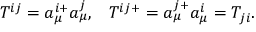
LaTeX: T ^ { i j } = a _ { \mu } ^ { i + } a _ { \mu } ^ { j } , \; \; \; T ^ { i j + } = a _ { \mu } ^ { j + } a _ { \mu } ^ { i } = T _ { j i } .